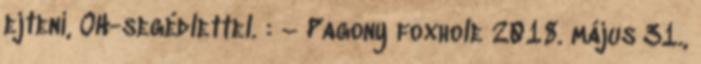
ejteni, OH-segédlettel. : – Pagony foxhole 2018. május 31.,